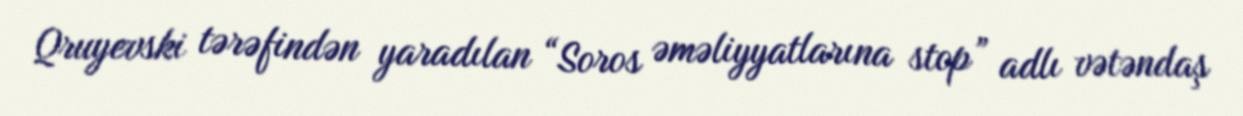
Qruyevski tərəfindən yaradılan “Soros əməliyyatlarına stop” adlı vətəndaş